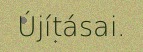
Újításai.